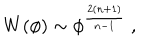
W ( \phi ) \sim \phi ^ { \frac { 2 ( n + 1 ) } { n - 1 } } ~ ,